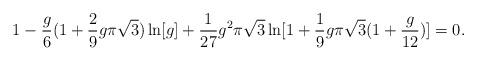
LaTeX: \begin{align*}1 - {g \over 6} ( 1 + {2 \over 9} g \pi \sqrt{3}) \ln [g] + {1 \over 27} g^2 \pi \sqrt{3} \ln[1 + {1 \over 9} g \pi \sqrt{3} (1 + {g \over 12})] = 0.\end{align*}